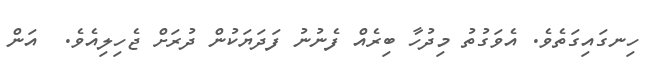
ހިނގައިގަތެވެ. އެވަގުތު މިދުހާ ބިރެއް ފެނުނު ފަދަޔަކުން ދުރަށް ޖެހިލިއެވެ.  އަން